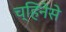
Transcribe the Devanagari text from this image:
च्हिनेसे